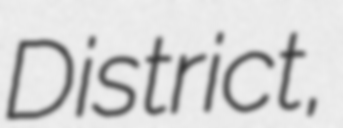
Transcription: District,